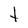
Character: t